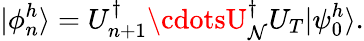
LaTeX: |\phi_{n}^{h}\rangle=U_{n+1}^{\dagger}\cdotsU_{\mathcal{N}}^{\dagger}U_{T}|\psi_{0}^{h}\rangle.